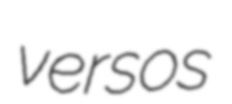
versos